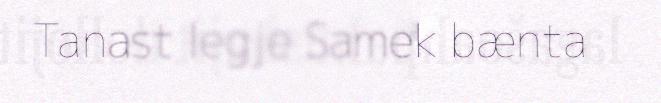
Tanast legje Samek bænta